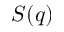
S ( q )